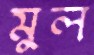
মুল